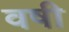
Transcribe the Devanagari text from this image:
वषी